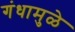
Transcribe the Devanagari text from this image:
गंधामुळे